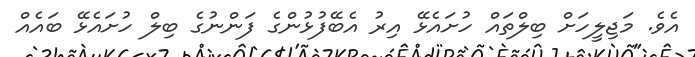
އެވެ. މަޖިލީހަށް ބިލްތައް ހުށައެޅޭ އިރު އެބޭފުޅުންގެ ފަންނުގެ ބިލް ހުށައެޅޭ ބައެއް